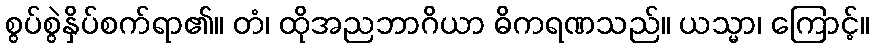
စွပ်စွဲနှိပ်စက်ရာ၏။ တံ၊ ထိုအညဘာဂိယာ ဓိကရဏသည်။ ယသ္မာ၊ ကြောင့်။